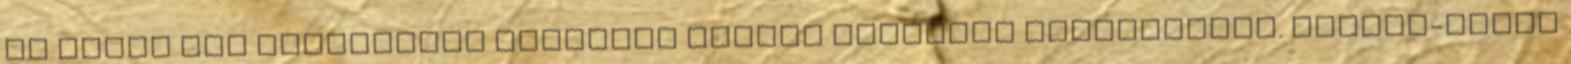
Az orosz egy fordulóval korábban Gémesi Csanádot búcsúztatta. Magyar-román